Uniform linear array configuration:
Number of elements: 8
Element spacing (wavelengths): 0.75
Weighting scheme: hamming
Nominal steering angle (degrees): -45
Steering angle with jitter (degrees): -43.959
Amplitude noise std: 0.05
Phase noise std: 0.05

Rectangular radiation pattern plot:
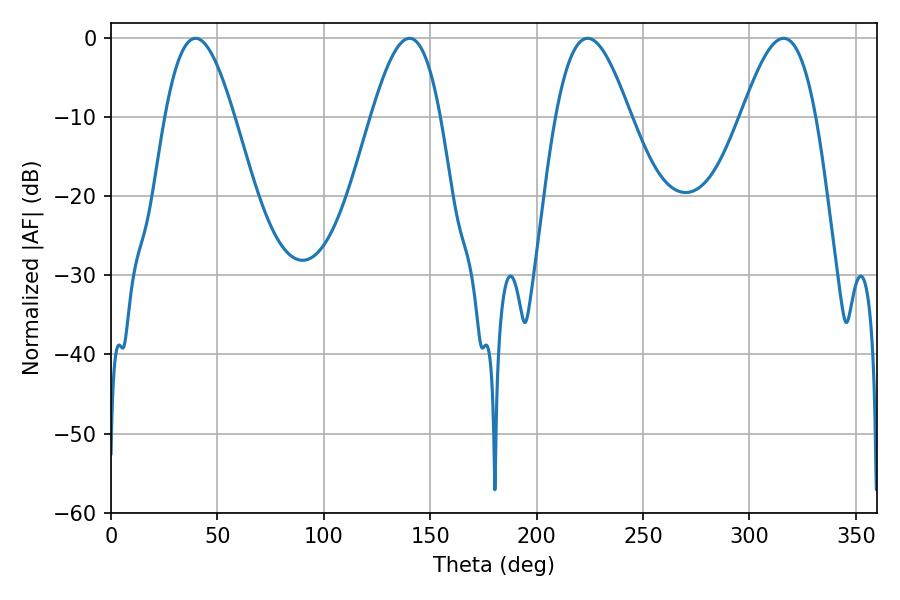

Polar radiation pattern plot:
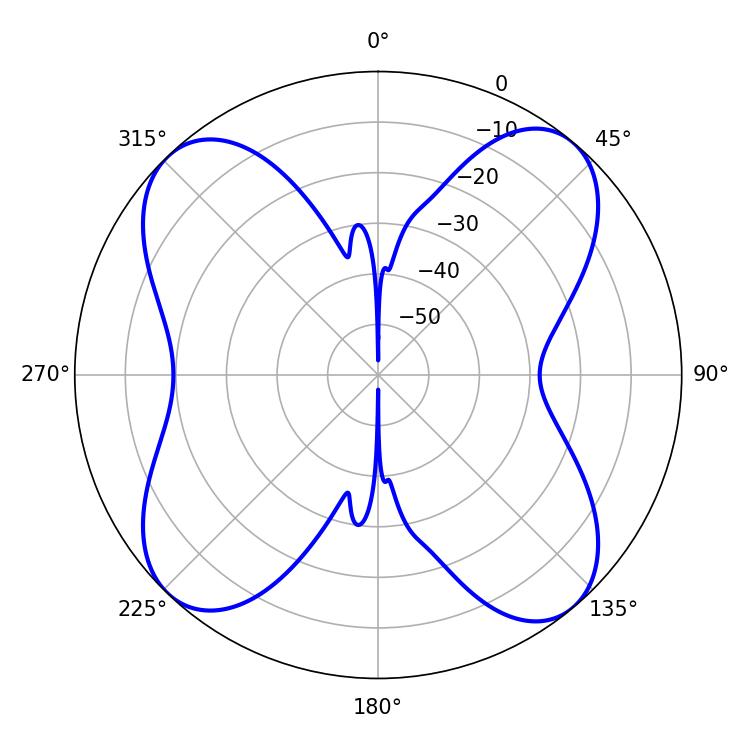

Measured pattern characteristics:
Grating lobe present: TRUE
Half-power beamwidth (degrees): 18.9
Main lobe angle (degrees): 223.92